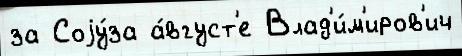
за Соjу́за а́вгуст'е Влад'и́м'иров'ич